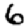
Digit: 6